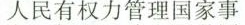
人民有权力管理国家事